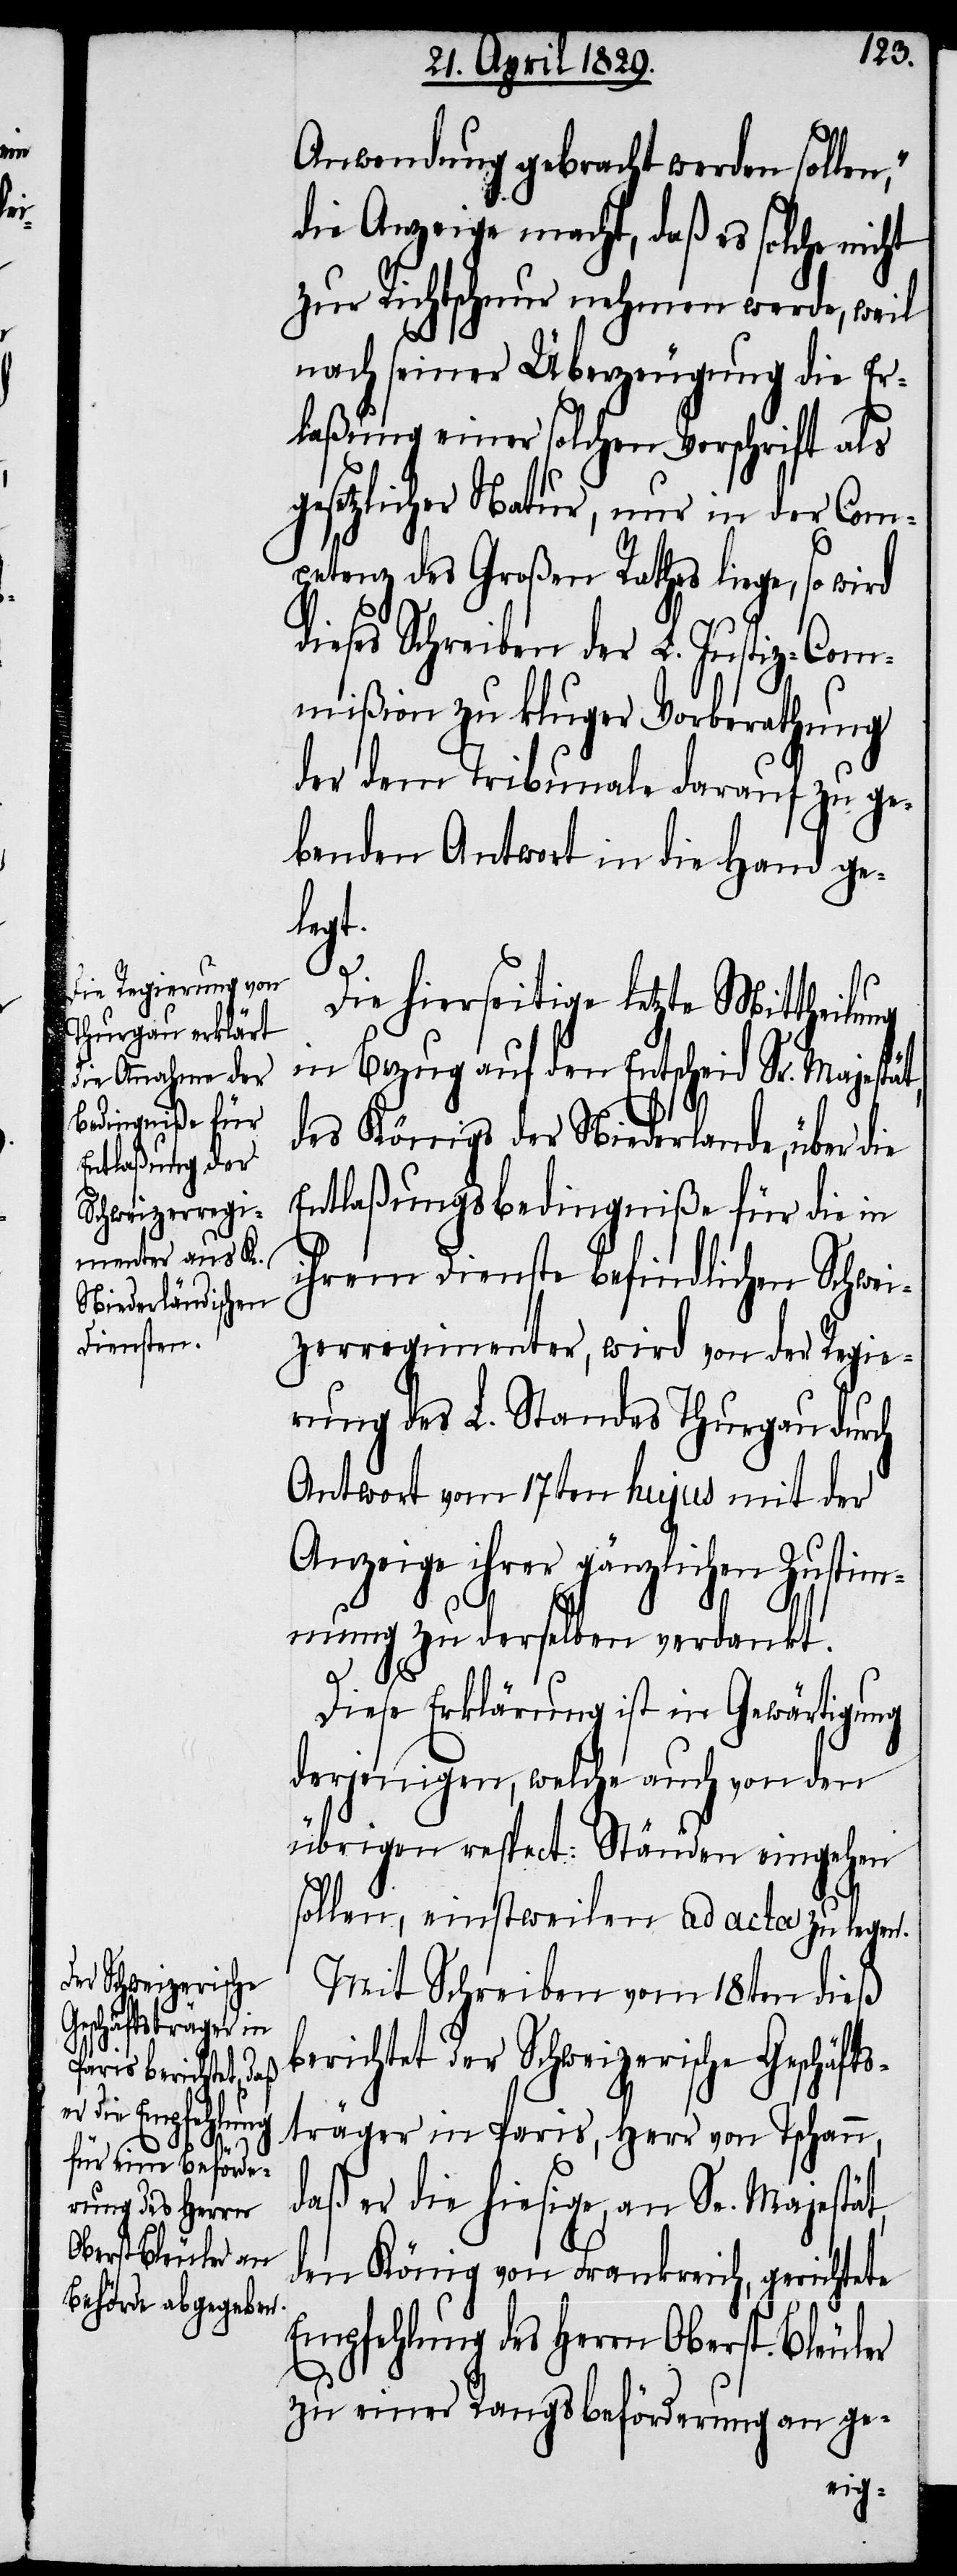
Anwendung gebracht werden solle¬
die Anzeige macht, daß es solche nicht
zur Richtschnur nehmen werde, weil
nach seiner Überzeugung die Er¬
laßung einer solchen Vorschrift als
gesetzlicher Natur, nur in der Com¬
petenz des Großen Rathes liege, so wird
dieses Schreiben der L. Justiz-Com¬
mißion zu kluger Vorberathung
der dem Tribunale darauf zu ge¬
benden Antwort in die Hand ge¬
legt.
ät,
Die hierseitige letzte Mittheilung
in Bezug auf den Entscheid Sr. Majest¬
des Königs der Niederlande, über die
Entlaßungsbedingniße für die in
ihrem Dienste befindlichen Schwei¬
zerregimenter, wird von der Regie¬
rung L. Standes Thurgau durch
Antwort vom 17ten hujus mit der
Anzeige ihrer gänzlichen Zustim¬
mung zu derselben verdankt.
Diese Erklärung ist in Gewärtigung
derjenigen, welche auch von den
übrigen respect: Ständen eingehen
n“,
sollen, einstweilen ad acta zu legen.
Mit Schreiben vom 18ten dieß
berichtet der Schweizerische Geschäfts¬
träger in Paris, Herr von Tschann,
daß er die hiesige, an Sr. Majestät,
den König von Frankreich, gerichtete
Empfehlung des Herrn Oberst Bleuler
zu einer Rangsbeförderung an ge-